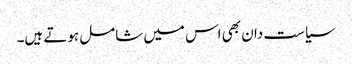
سیاست دان بھی اس میں شامل ہوتے ہیں۔